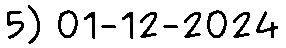
5) 01-12-2024